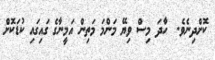
ކޮށްދިނެވެ.  ހާދަ މިސް ވިޔޭ މަންމަ މަތިން އަމީނާގެ ގައިގައި ކުޑަކޮށް